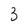
Character: 3